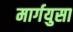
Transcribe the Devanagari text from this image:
मार्गयुसा